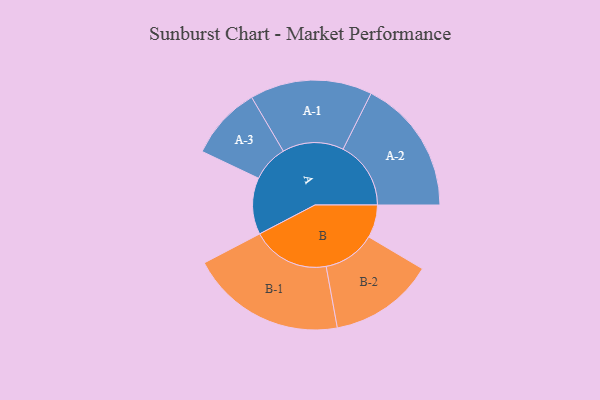
{"axis": {"x": "Segment", "y": "Value"}, "legend": ["", "A", "B"], "data": [{"x": "A", "y": 214, "type": ""}, {"x": "B", "y": 124, "type": ""}, {"x": "A-1", "y": 231, "type": "A"}, {"x": "A-2", "y": 256, "type": "A"}, {"x": "A-3", "y": 138, "type": "A"}, {"x": "B-1", "y": 294, "type": "B"}, {"x": "B-2", "y": 198, "type": "B"}]}